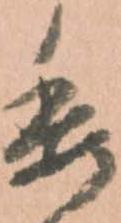
委